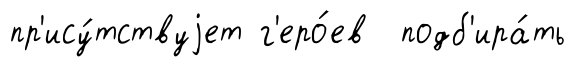
пр'ису́тствуjет г'еро́ев подб'ира́ть